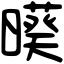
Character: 𣋒